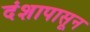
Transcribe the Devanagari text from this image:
दंशापासून